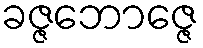
ခဇ္ဇဘောဇ္ဇေ